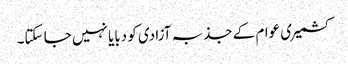
کشمیری عوام کے جذبہ آزادی کو دبایا نہیں جا سکتا۔